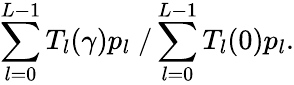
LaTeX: \sum_{l=0}^{L-1}T_{l}(\gamma)p_{l}\; /\sum_{l=0}^{L-1}T_{l}(0)p_{l}.